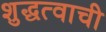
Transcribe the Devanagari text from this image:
शुद्धत्वाची